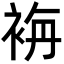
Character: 𮕾